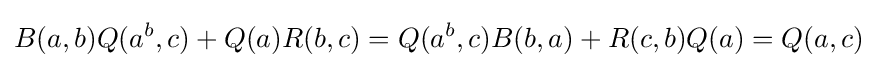
\displaystyle {B(a,b)Q(a^{b},c)+Q(a)R(b,c)=Q(a^{b},c)B(b,a)+R(c,b)Q(a)=Q(a,c)}